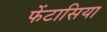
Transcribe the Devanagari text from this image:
फेंटासिया